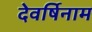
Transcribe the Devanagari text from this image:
देवर्षिनाम